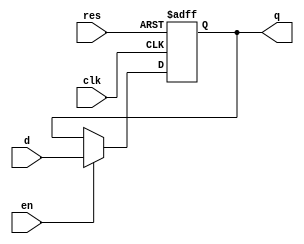
module lab1_flop_with_en ( input res , input clk , input d , input en , output reg q);
always @ (posedge clk , posedge res)
begin
	if(res)
		q <= 1'b0;
	else if(en)
		q <= d;	
end
endmodule